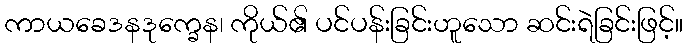
ကာယခေဒနဒုက္ခေန၊ ကိုယ်၏ ပင်ပန်းခြင်းဟူသော ဆင်းရဲခြင်းဖြင့်။